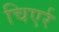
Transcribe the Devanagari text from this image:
चिएर्र